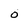
Character: 0